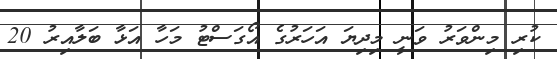
ކުރި މިންވަރު ވަނީ މިދިޔަ އަހަރުގެ އޯގަސްޓު މަހާ އަޅާ ބަލާއިރު 20